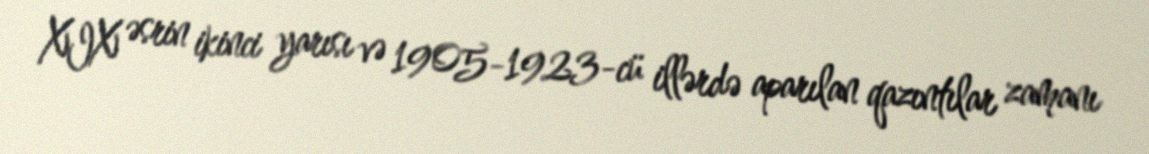
XIX əsrin ikinci yarısı və 1905-1923-cü illərdə aparılan qazıntılar zamanı